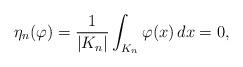
LaTeX: \begin{align*} \eta_n(\varphi)=\frac{1}{|K_n|}\int_{K_n}\varphi(x)\,dx = 0, \end{align*}